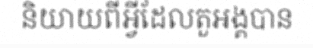
និយាយពីអ្វីដែលតួអង្គបាន